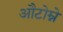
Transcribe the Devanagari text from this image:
औटोम्ने